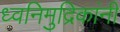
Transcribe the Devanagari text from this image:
ध्वनिमुद्रिकांनी